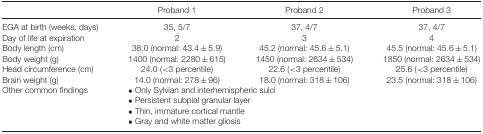
<table><thead><tr><td></td><td><b>Proband 1</b></td><td><b>Proband 2</b></td><td><b>Proband 3</b></td></tr></thead><tbody><tr><td>EGA at birth (weeks, days)</td><td>35, 5/7</td><td>37, 4/7</td><td>37, 4/7</td></tr><tr><td>Day of life at expiration</td><td>2</td><td>3</td><td>4</td></tr><tr><td>Body length (cm)</td><td>38.0 (normal: 43.4 ± 5.9)</td><td>45.2 (normal: 45.6 ± 5.1)</td><td>45.5 (normal: 45.6 ± 5.1)</td></tr><tr><td>Body weight (g)</td><td>1400 (normal: 2280 ± 615)</td><td>1450 (normal: 2634 ± 534)</td><td>1850 (normal: 2634 ± 534)</td></tr><tr><td>Head circumference (cm)</td><td>24.0 (&lt;3 percentile)</td><td>22.6 (&lt;3 percentile)</td><td>25.6 (&lt;3 percentile)</td></tr><tr><td>Brain weight (g)</td><td>14.0 (normal: 278 ± 96)</td><td>18.0 (normal: 318 ± 106)</td><td>23.5 (normal: 318 ± 106)</td></tr><tr><td rowspan="4">Other common findings</td><td colspan="3">• Only Sylvian and interhemispheric sulci</td></tr><tr><td colspan="3">• Persistent subpial granular layer</td></tr><tr><td colspan="3">• Thin, immature cortical mantle</td></tr><tr><td colspan="3">• Gray and white matter gliosis</td></tr></tbody></table>